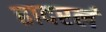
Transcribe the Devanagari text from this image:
हादरलं